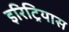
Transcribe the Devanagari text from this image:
इरिट्रियास